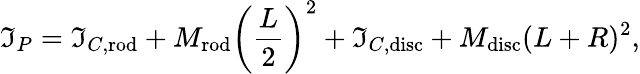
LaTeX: \mathfrak{I}_{P}=\mathfrak{I}_{C,{\mathrm{{rod}}}}+M_{\mathrm{{rod}}}\left({\frac{{L}}{{2}}}\right)^{2}+\mathfrak{I}_{C,{\mathrm{{disc}}}}+M_{\mathrm{{disc}}}(L+R)^{2},